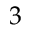
3